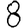
Digit: 8